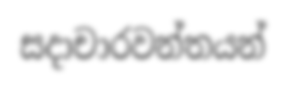
සදාචාරවන්තයන්